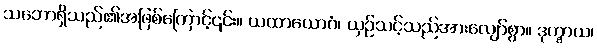
သဘောရှိသည်၏အဖြစ်ကြောင့်၎င်း။ ယထာယောဂံ၊ ယှဉ်သင့်သည်အားလျော်စွာ။ ဒုက္ခာယ၊